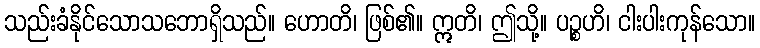
သည်းခံနိုင်သောသဘောရှိသည်။ ဟောတိ၊ ဖြစ်၏။ ဣတိ၊ ဤသို့။ ပဉ္စဟိ၊ ငါးပါးကုန်သော။